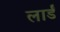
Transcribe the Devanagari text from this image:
लार्डं